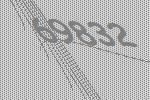
69832